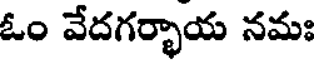
ఓం వేదగర్భాయ నమః